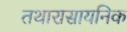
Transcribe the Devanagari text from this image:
तथारासायनिक